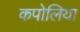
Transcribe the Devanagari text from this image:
कपोलिया